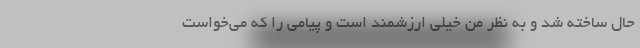
حال ساخته شد و به‌ نظر من خیلی ارزشمند است و پیامی را که می‌خواست